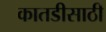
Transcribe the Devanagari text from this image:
कातडीसाठी